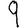
Digit: 9